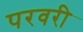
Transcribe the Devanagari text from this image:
परवरी